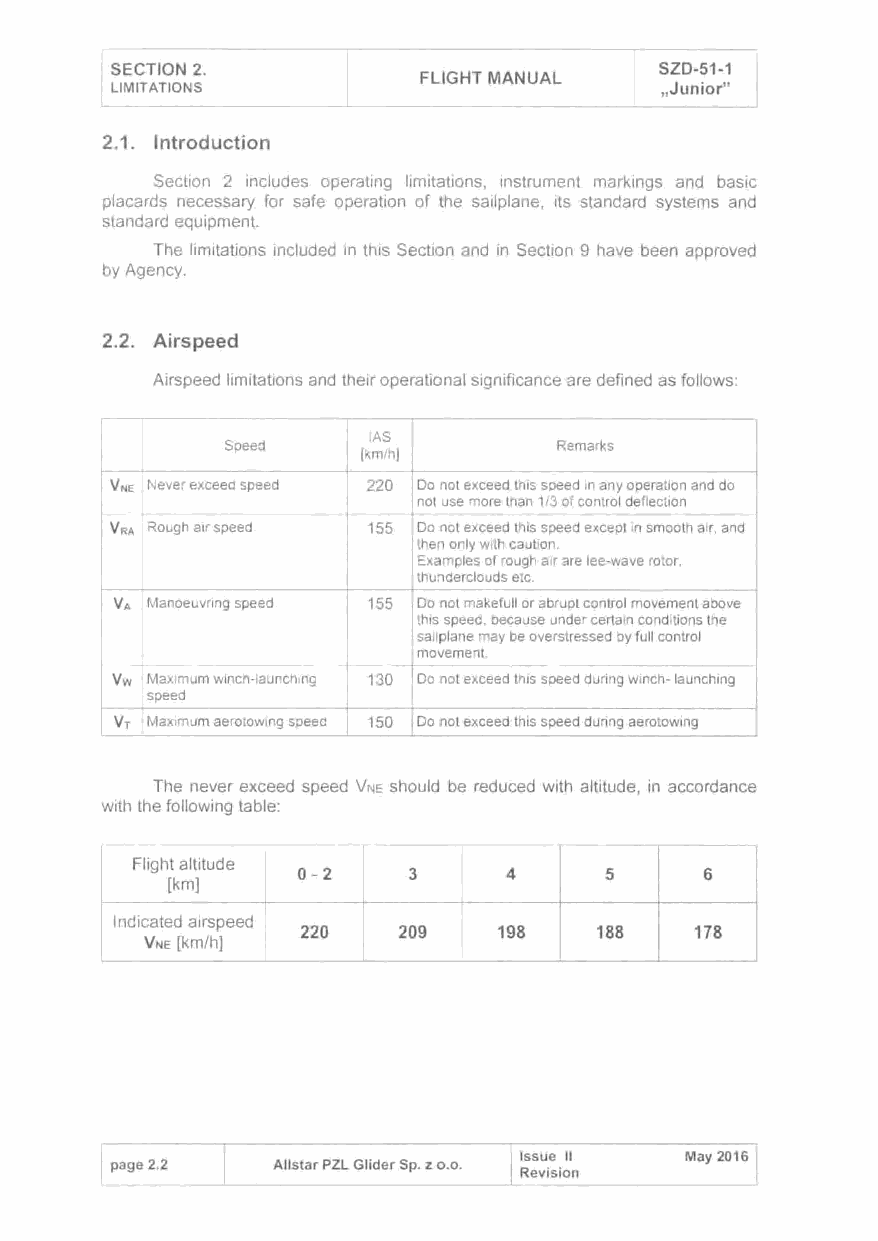
SECTION 2.                           SZD-51-1
 FLIGHT MANUAL
 LIMITATIONS                          ,Junior"
 2.1. Introduction
 Section 2 includes operating limitations, instrument markings and basic
 placards necessary for safe operation of the sailplane, its standard systems and
 standard equipment.
 The limitations included in this Section and in Section 9 have been approved
 by Agency.
 2.2. Airspeed
 Airspeed limitations and their operational significance are defined as follows:
 IAS
 Speed                 Remarks
 [km/h]
 V Ne Never exceed speed 220 Do not exceed this speed in any operation and do
 not use more than 1/3 of control deflection
 -                               ---  -
 VRA Rough air speed 155 Do not exceed this speed except in smooth air, and
 then only with caution.
 Examples of rough air are lee-wave rotor,
 thunderclouds etc.
 VA Manoeuvring speed 155 Do not makefull or abrupt control movement above
 this speed, because under certain conditions the
 sailplane may be overstressed by full control
 movement.
 -   -
 Vw Maximum winch-launching 130 Do not exceed this speed during winch-launching
 speed
 Vr Maximum aerotowing speed 150 Do not exceed this speed during aerotowing
 The never exceed speed VNE should be reduced with altitude, in accordance
 with the following table:
 ,--
 Flight altitude
 0-2    3      4     5      6
 [km]
 Indicated airspeed
 220   209    198   188    178
 VNE [km/h]
 Issue 11   May 2016
 page 2.2   Allstar PZL Glider Sp. z o.o.
 Revision